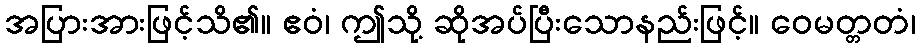
အပြားအားဖြင့်သိ၏။ ဧဝံ၊ ဤသို့ ဆိုအပ်ပြီးသောနည်းဖြင့်။ ဝေမတ္တတံ၊